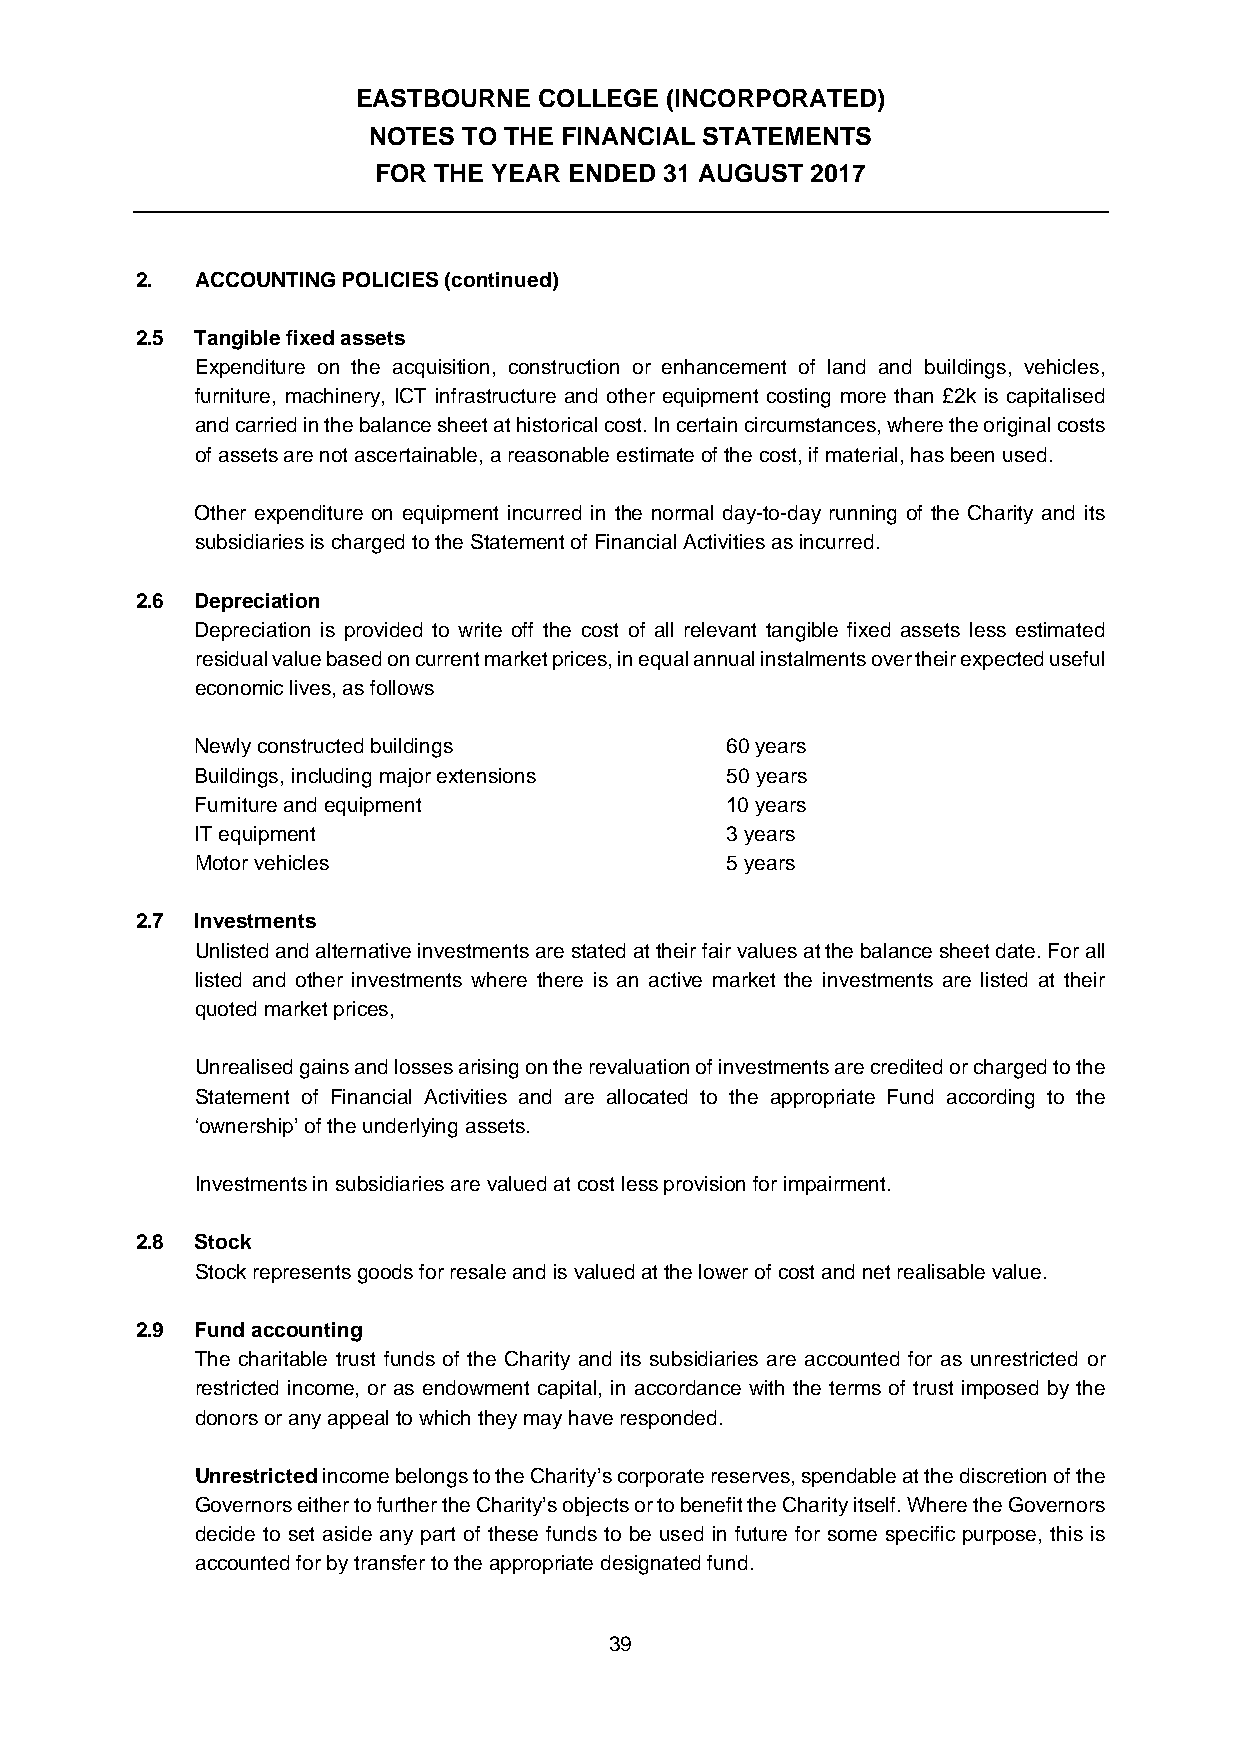
EASTBOURNE  COLLEGE (INCORPORATED)
 NOTES  TO THE FINANCIAL STATEMENTS
 FOR THE YEAR ENDED 31 AUGUST 2017
 2.  ACCOUNTING POLICIES (continued)
 2.5 Tangible fixed assets
 Expenditure on the acquisition, construction or enhancement of land and buildings, vehicles,
 furniture, machinery, ICT infrastructure and other equipment costing more than £2k is capitalised
 and carried in the balance sheet at historical cost. In certain circumstances, where the original costs
 of assets are not ascertainable, a reasonable estimate of the cost, if material, has been used.
 Other expenditure on equipment incurred in the normal day-to-day running of the Charity and its
 subsidiaries is charged to the Statement of Financial Activities as incurred.
 2.6 Depreciation
 Depreciation is provided to write off the cost of all relevant tangible fixed assets less estimated
 residual value based on current market prices, in equal annual instalments over their expected useful
 economic lives, as follows
 Newly constructed buildings        60 years
 Buildings, including major extensions 50 years
 Furniture and equipment            10 years
 IT equipment                       3 years
 Motor vehicles                     5 years
 2.7 Investments
 Unlisted and alternative investments are stated at their fair values at the balance sheet date. For all
 listed and other investments where there is an active market the investments are listed at their
 quoted market prices,
 Unrealised gains and losses arising on the revaluation of investments are credited or charged to the
 Statement of Financial Activities and are allocated to the appropriate Fund according to the
 ‘ownership’ of the underlying assets.
 Investments in subsidiaries are valued at cost less provision for impairment.
 2.8 Stock
 Stock represents goods for resale and is valued at the lower of cost and net realisable value.
 2.9 Fund accounting
 The charitable trust funds of the Charity and its subsidiaries are accounted for as unrestricted or
 restricted income, or as endowment capital, in accordance with the terms of trust imposed by the
 donors or any appeal to which they may have responded.
 Unrestricted income belongs to the Charity’s corporate reserves, spendable at the discretion of the
 Governors either to further the Charity’s objects or to benefit the Charity itself. Where the Governors
 decide to set aside any part of these funds to be used in future for some specific purpose, this is
 accounted for by transfer to the appropriate designated fund.
 39